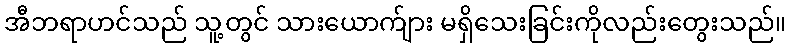
အီဘရာဟင်သည် သူ့တွင် သားယောက်ျား မရှိသေးခြင်းကိုလည်းတွေးသည်။